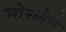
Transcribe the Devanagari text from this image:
मोस्लेने